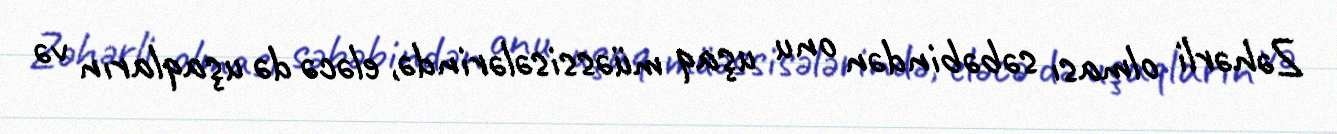
Zəhərli olması səbəbindən onu uşaq müəssisələrində, eləcə də uşaqların və